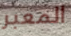
المعبر